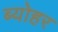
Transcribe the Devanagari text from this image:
ब्योहर